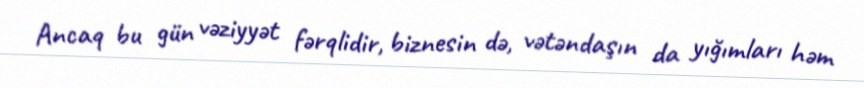
Ancaq bu gün vəziyyət fərqlidir, biznesin də, vətəndaşın da yığımları həm